Indian journal of veterinary science and animal husbandry - Volume 7,
Year: 1937
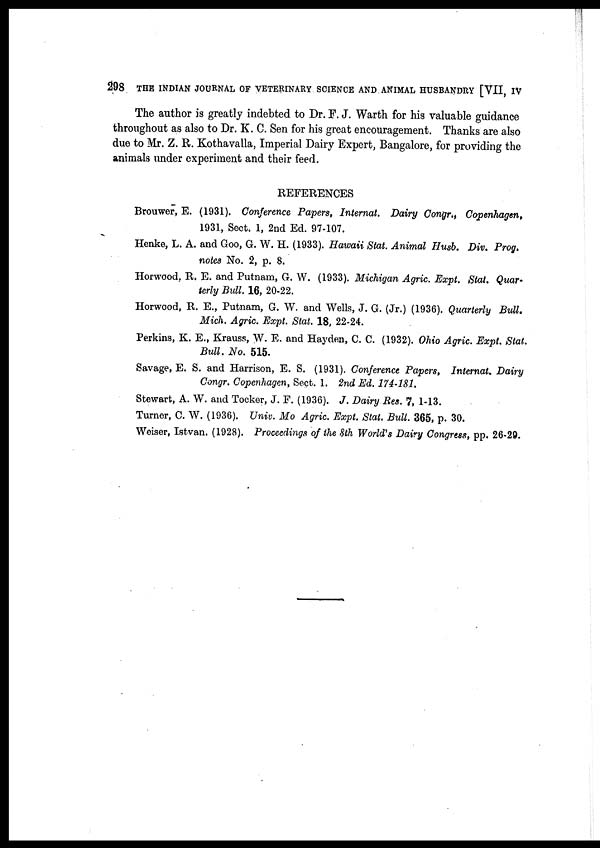
298 THE INDIAN JOURNAL OF VETERINARY SCIENCE AND ANIMAL HUSBANDRY [VII, IV
The author is greatly indebted to Dr. F. J. Warth for his valuable guidance
throughout as also to Dr. K. C. Sen for his great encouragement. Thanks are also
due to Mr. Z. R. Kothavalla, Imperial Dairy Expert, Bangalore, for providing the
animals under experiment and their feed.
REFERENCES
Brouwer, E. (1931). Conference Papers, Internat. Dairy Congr., Copenhagen,
1931, Sect. 1, 2nd Ed. 97-107.
Henke, L. A. and Goo, G. W. H. (1933). Hawaii Stat. Animal Husb. Div. Prog.
notes No. 2, p. 8.
Horwood, R. E. and Putnam, G. W. (1933). Michigan Agric. Expt. Stat. Quar¬
terly Bull. 16, 20-22.
Horwood, R. E., Putnam, G. W. and Wells, J. G. (Jr.) (1936). Quarterly Bull.
Mich. Agric. Expt. Stat. 18, 22-24.
Perkins, K. E., Krauss, W. E. and Hayden, C. C. (1932). Ohio Agric. Expt. Stat.
Bull. No. 515.
Savage, E. S. and Harrison, E. S. (1931). Conference Papers, Internat. Dairy
Congr. Copenhagen, Sect. 1. 2nd Ed. 174-181.
Stewart, A. W. and Tocker, J. F. (1936). J. Dairy Res. 7, 1-13.
Turner, C. W. (1936). Univ. Mo Agric. Expt. Stat. Bull. 365, p. 30.
Weiser, Istvan. (1928). Proceedings of the 8th World's Dairy Congress, pp. 26-29.